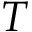
T